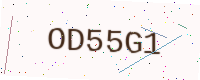
Text: OD55G1